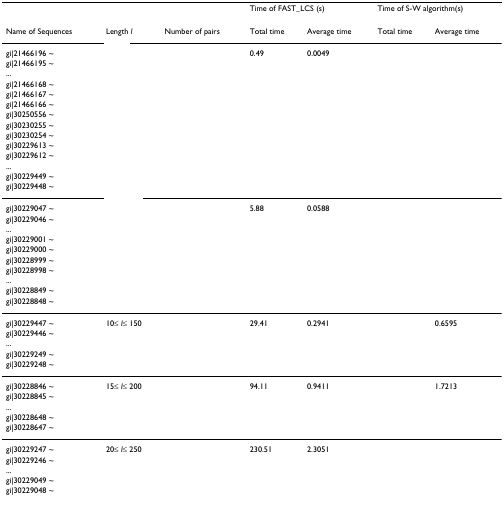
<table><thead><tr><td>[EMPTY_CELL]</td><td>[EMPTY_CELL]</td><td>[EMPTY_CELL]</td><td colspan="2"><b>Time of FAST_LCS (s)</b></td><td colspan="2"><b>Time of S-W algorithm(s)</b></td></tr><tr><td><b>Name of Sequences</b></td><td><b>Length <i>l</i></b></td><td><b>Number of pairs</b></td><td><b>Total time</b></td><td><b>Average time</b></td><td><b>Total time</b></td><td><b>Average time</b></td></tr></thead><tbody><tr><td>gi|21466196 ~</td><td>[EMPTY_CELL]</td><td>[EMPTY_CELL]</td><td>0.49</td><td>0.0049</td><td>[EMPTY_CELL]</td><td>[EMPTY_CELL]</td></tr><tr><td>gi|21466195 ~</td><td>[EMPTY_CELL]</td><td>[EMPTY_CELL]</td><td>[EMPTY_CELL]</td><td>[EMPTY_CELL]</td><td>[EMPTY_CELL]</td><td>[EMPTY_CELL]</td></tr><tr><td>...</td><td>[EMPTY_CELL]</td><td>[EMPTY_CELL]</td><td>[EMPTY_CELL]</td><td>[EMPTY_CELL]</td><td>[EMPTY_CELL]</td><td>[EMPTY_CELL]</td></tr><tr><td>gi|21466168 ~</td><td>[EMPTY_CELL]</td><td>[EMPTY_CELL]</td><td>[EMPTY_CELL]</td><td>[EMPTY_CELL]</td><td>[EMPTY_CELL]</td><td>[EMPTY_CELL]</td></tr><tr><td>gi|21466167 ~</td><td>[EMPTY_CELL]</td><td>[EMPTY_CELL]</td><td>[EMPTY_CELL]</td><td>[EMPTY_CELL]</td><td>[EMPTY_CELL]</td><td>[EMPTY_CELL]</td></tr><tr><td>gi|21466166 ~</td><td>[EMPTY_CELL]</td><td>[EMPTY_CELL]</td><td>[EMPTY_CELL]</td><td>[EMPTY_CELL]</td><td>[EMPTY_CELL]</td><td>[EMPTY_CELL]</td></tr><tr><td>gi|30250556 ~</td><td>[EMPTY_CELL]</td><td>[EMPTY_CELL]</td><td>[EMPTY_CELL]</td><td>[EMPTY_CELL]</td><td>[EMPTY_CELL]</td><td>[EMPTY_CELL]</td></tr><tr><td>gi|30230255 ~</td><td>[EMPTY_CELL]</td><td>[EMPTY_CELL]</td><td>[EMPTY_CELL]</td><td>[EMPTY_CELL]</td><td>[EMPTY_CELL]</td><td>[EMPTY_CELL]</td></tr><tr><td>gi|30230254 ~</td><td>[EMPTY_CELL]</td><td>[EMPTY_CELL]</td><td>[EMPTY_CELL]</td><td>[EMPTY_CELL]</td><td>[EMPTY_CELL]</td><td>[EMPTY_CELL]</td></tr><tr><td>gi|30229613 ~</td><td>[EMPTY_CELL]</td><td>[EMPTY_CELL]</td><td>[EMPTY_CELL]</td><td>[EMPTY_CELL]</td><td>[EMPTY_CELL]</td><td>[EMPTY_CELL]</td></tr><tr><td>gi|30229612 ~</td><td>[EMPTY_CELL]</td><td>[EMPTY_CELL]</td><td>[EMPTY_CELL]</td><td>[EMPTY_CELL]</td><td>[EMPTY_CELL]</td><td>[EMPTY_CELL]</td></tr><tr><td>...</td><td>[EMPTY_CELL]</td><td>[EMPTY_CELL]</td><td>[EMPTY_CELL]</td><td>[EMPTY_CELL]</td><td>[EMPTY_CELL]</td><td>[EMPTY_CELL]</td></tr><tr><td>gi|30229449 ~</td><td>[EMPTY_CELL]</td><td>[EMPTY_CELL]</td><td>[EMPTY_CELL]</td><td>[EMPTY_CELL]</td><td>[EMPTY_CELL]</td><td>[EMPTY_CELL]</td></tr><tr><td>gi|30229448 ~</td><td>[EMPTY_CELL]</td><td>[EMPTY_CELL]</td><td>[EMPTY_CELL]</td><td>[EMPTY_CELL]</td><td>[EMPTY_CELL]</td><td>[EMPTY_CELL]</td></tr><tr><td>gi|30229047 ~</td><td>[EMPTY_CELL]</td><td>[EMPTY_CELL]</td><td>5.88</td><td>0.0588</td><td>[EMPTY_CELL]</td><td>[EMPTY_CELL]</td></tr><tr><td>gi|30229046 ~</td><td>[EMPTY_CELL]</td><td>[EMPTY_CELL]</td><td>[EMPTY_CELL]</td><td>[EMPTY_CELL]</td><td>[EMPTY_CELL]</td><td>[EMPTY_CELL]</td></tr><tr><td>...</td><td>[EMPTY_CELL]</td><td>[EMPTY_CELL]</td><td>[EMPTY_CELL]</td><td>[EMPTY_CELL]</td><td>[EMPTY_CELL]</td><td>[EMPTY_CELL]</td></tr><tr><td>gi|30229001 ~</td><td>[EMPTY_CELL]</td><td>[EMPTY_CELL]</td><td>[EMPTY_CELL]</td><td>[EMPTY_CELL]</td><td>[EMPTY_CELL]</td><td>[EMPTY_CELL]</td></tr><tr><td>gi|30229000 ~</td><td>[EMPTY_CELL]</td><td>[EMPTY_CELL]</td><td>[EMPTY_CELL]</td><td>[EMPTY_CELL]</td><td>[EMPTY_CELL]</td><td>[EMPTY_CELL]</td></tr><tr><td>gi|30228999 ~</td><td>[EMPTY_CELL]</td><td>[EMPTY_CELL]</td><td>[EMPTY_CELL]</td><td>[EMPTY_CELL]</td><td>[EMPTY_CELL]</td><td>[EMPTY_CELL]</td></tr><tr><td>gi|30228998 ~</td><td>[EMPTY_CELL]</td><td>[EMPTY_CELL]</td><td>[EMPTY_CELL]</td><td>[EMPTY_CELL]</td><td>[EMPTY_CELL]</td><td>[EMPTY_CELL]</td></tr><tr><td>...</td><td>[EMPTY_CELL]</td><td>[EMPTY_CELL]</td><td>[EMPTY_CELL]</td><td>[EMPTY_CELL]</td><td>[EMPTY_CELL]</td><td>[EMPTY_CELL]</td></tr><tr><td>gi|30228849 ~</td><td>[EMPTY_CELL]</td><td>[EMPTY_CELL]</td><td>[EMPTY_CELL]</td><td>[EMPTY_CELL]</td><td>[EMPTY_CELL]</td><td>[EMPTY_CELL]</td></tr><tr><td>gi|30228848 ~</td><td>[EMPTY_CELL]</td><td>[EMPTY_CELL]</td><td>[EMPTY_CELL]</td><td>[EMPTY_CELL]</td><td>[EMPTY_CELL]</td><td>[EMPTY_CELL]</td></tr><tr><td>gi|30229447 ~</td><td>10≤ <i>l</i>≤ 150</td><td>[EMPTY_CELL]</td><td>29.41</td><td>0.2941</td><td>[EMPTY_CELL]</td><td>0.6595</td></tr><tr><td>gi|30229446 ~</td><td>[EMPTY_CELL]</td><td>[EMPTY_CELL]</td><td>[EMPTY_CELL]</td><td>[EMPTY_CELL]</td><td>[EMPTY_CELL]</td><td>[EMPTY_CELL]</td></tr><tr><td>...</td><td>[EMPTY_CELL]</td><td>[EMPTY_CELL]</td><td>[EMPTY_CELL]</td><td>[EMPTY_CELL]</td><td>[EMPTY_CELL]</td><td>[EMPTY_CELL]</td></tr><tr><td>gi|30229249 ~</td><td>[EMPTY_CELL]</td><td>[EMPTY_CELL]</td><td>[EMPTY_CELL]</td><td>[EMPTY_CELL]</td><td>[EMPTY_CELL]</td><td>[EMPTY_CELL]</td></tr><tr><td>gi|30229248 ~</td><td>[EMPTY_CELL]</td><td>[EMPTY_CELL]</td><td>[EMPTY_CELL]</td><td>[EMPTY_CELL]</td><td>[EMPTY_CELL]</td><td>[EMPTY_CELL]</td></tr><tr><td>gi|30228846 ~</td><td>15≤ <i>l</i>≤ 200</td><td>[EMPTY_CELL]</td><td>94.11</td><td>0.9411</td><td>[EMPTY_CELL]</td><td>1.7213</td></tr><tr><td>gi|30228845 ~</td><td>[EMPTY_CELL]</td><td>[EMPTY_CELL]</td><td>[EMPTY_CELL]</td><td>[EMPTY_CELL]</td><td>[EMPTY_CELL]</td><td>[EMPTY_CELL]</td></tr><tr><td>...</td><td>[EMPTY_CELL]</td><td>[EMPTY_CELL]</td><td>[EMPTY_CELL]</td><td>[EMPTY_CELL]</td><td>[EMPTY_CELL]</td><td>[EMPTY_CELL]</td></tr><tr><td>gi|30228648 ~</td><td>[EMPTY_CELL]</td><td>[EMPTY_CELL]</td><td>[EMPTY_CELL]</td><td>[EMPTY_CELL]</td><td>[EMPTY_CELL]</td><td>[EMPTY_CELL]</td></tr><tr><td>gi|30228647 ~</td><td>[EMPTY_CELL]</td><td>[EMPTY_CELL]</td><td>[EMPTY_CELL]</td><td>[EMPTY_CELL]</td><td>[EMPTY_CELL]</td><td>[EMPTY_CELL]</td></tr><tr><td>gi|30229247 ~</td><td>20≤ <i>l</i>≤ 250</td><td>[EMPTY_CELL]</td><td>230.51</td><td>2.3051</td><td>[EMPTY_CELL]</td><td>[EMPTY_CELL]</td></tr><tr><td>gi|30229246 ~</td><td>[EMPTY_CELL]</td><td>[EMPTY_CELL]</td><td>[EMPTY_CELL]</td><td>[EMPTY_CELL]</td><td>[EMPTY_CELL]</td><td>[EMPTY_CELL]</td></tr><tr><td>...</td><td>[EMPTY_CELL]</td><td>[EMPTY_CELL]</td><td>[EMPTY_CELL]</td><td>[EMPTY_CELL]</td><td>[EMPTY_CELL]</td><td>[EMPTY_CELL]</td></tr><tr><td>gi|30229049 ~</td><td>[EMPTY_CELL]</td><td>[EMPTY_CELL]</td><td>[EMPTY_CELL]</td><td>[EMPTY_CELL]</td><td>[EMPTY_CELL]</td><td>[EMPTY_CELL]</td></tr><tr><td>gi|30229048 ~</td><td>[EMPTY_CELL]</td><td>[EMPTY_CELL]</td><td>[EMPTY_CELL]</td><td>[EMPTY_CELL]</td><td>[EMPTY_CELL]</td><td>[EMPTY_CELL]</td></tr></tbody></table>